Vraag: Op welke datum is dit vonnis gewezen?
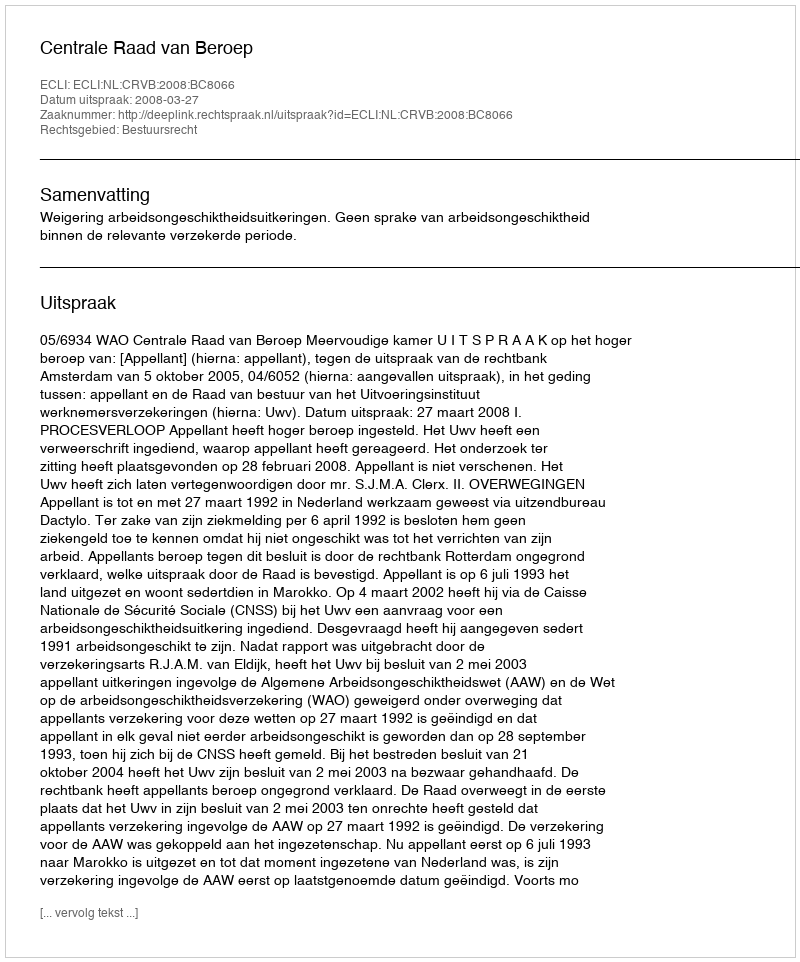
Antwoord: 2008-03-27